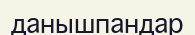
данышпандар